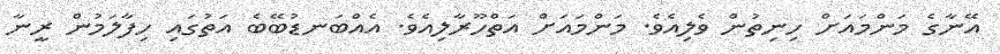
އޭނާގެ މަންމައަށް ހިނިތުން ވެލިއެވެ. މަންމައަށް އަތްހޫރާލިއެވެ. އެއްބަނޑުބޭބެ އަތުގައި ހިފާލަމުން ރީނާ